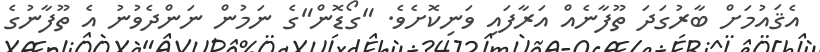
އެޤައުމަށް ބާރުގަދަ ތޫފާނެއް އަރާފައި ވަނިކޮށެވެ. "ގޯޑޮން"ގެ ނަމުން ނަންދެވުނު އެ ތޫފާނުގެ